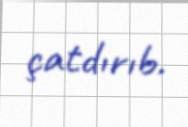
çatdırıb.